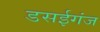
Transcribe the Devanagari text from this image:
डसईगंज